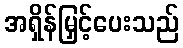
အရှိန်မြှင့်ပေးသည်